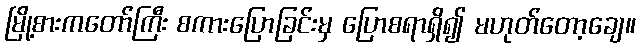
မြို့စားကတော်ကြီး စကားပြောခြင်းမှ ပြောစရာရှိ၍ မဟုတ်တော့ချေ။